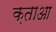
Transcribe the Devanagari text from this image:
क़ताआ